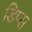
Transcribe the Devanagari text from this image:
डिप्स